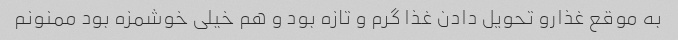
به موقع غذارو تحویل دادن غذا گرم و تازه بود و هم خیلی خوشمزه بود ممنونم